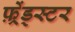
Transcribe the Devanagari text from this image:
फ़्रेंड्स्टर